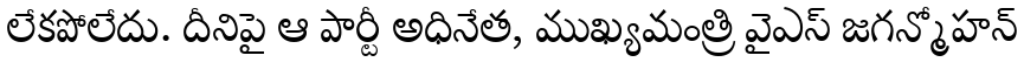
లేకపోలేదు. దీనిపై ఆ పార్టీ అధినేత, ముఖ్యమంత్రి వైఎస్ జగన్మోహన్